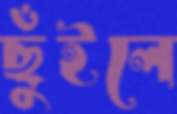
ছুঁইলে